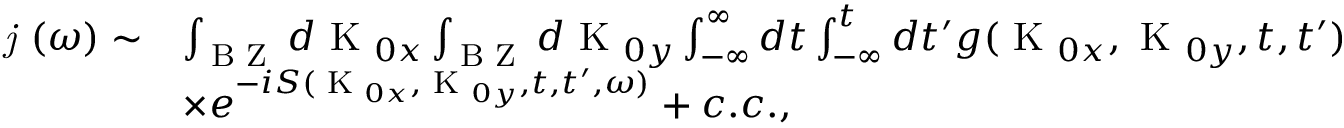
\begin{array} { r l } { \textit { j } ( \omega ) \sim } & { \int _ { \textrm { B Z } } d \textrm { K } _ { 0 x } \int _ { \textrm { B Z } } d \textrm { K } _ { 0 y } \int _ { - \infty } ^ { \infty } d t \int _ { - \infty } ^ { t } d t ^ { \prime } g ( \textrm { K } _ { 0 x } , \textrm { K } _ { 0 y } , t , t ^ { \prime } ) } \\ & { \times e ^ { - i S ( \textrm { K } _ { 0 x } , \textrm { K } _ { 0 y } , t , t ^ { \prime } , \omega ) } + c . c . , } \end{array}